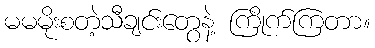
မမမိုးစတဲ့သီချင်းတွေနဲ့ ကြိုက်ကြတာ။